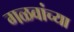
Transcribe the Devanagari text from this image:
गळवांच्या